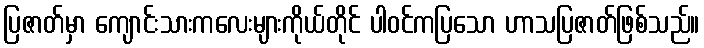
ပြဇာတ်မှာ ကျောင်းသားကလေးများကိုယ်တိုင် ပါဝင်ကပြသော ဟာသပြဇာတ်ဖြစ်သည်။